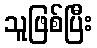
သူဖြစ်ပြီး